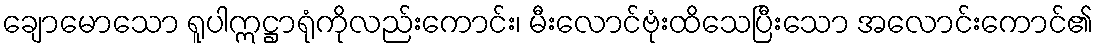
ချောမောသော ရူပါဣဋ္ဌာရုံကိုလည်းကောင်း၊ မီးလောင်ဗုံးထိသေပြီးသော အလောင်းကောင်၏